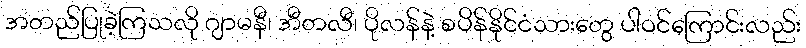
အတည်ပြုခဲ့ကြသလို ဂျာမနီ၊ အီတလီ၊ ပိုလန်နဲ့ စပိန်နိုင်ငံသားတွေ ပါဝင်ကြောင်းလည်း